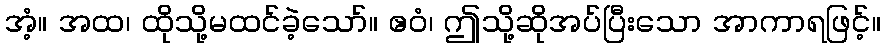
အံ့။ အထ၊ ထိုသို့မထင်ခဲ့သော်။ ဧဝံ၊ ဤသို့ဆိုအပ်ပြီးသော အာကာရဖြင့်။